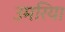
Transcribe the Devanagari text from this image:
उमरिया